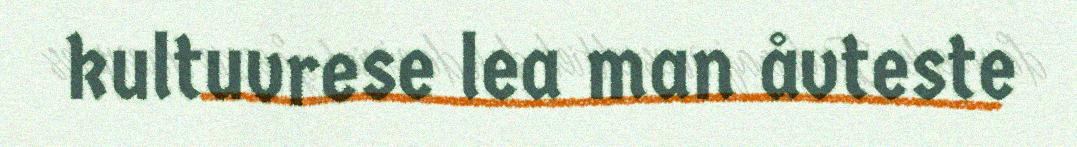
kultuvrese lea man åvteste